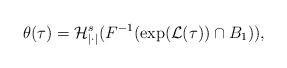
LaTeX: \begin{align*}\theta(\tau)=\mathcal{H}^s_{|\cdot|}(F^{-1}(\exp(\mathcal{L}(\tau))\cap B_1)),\end{align*}